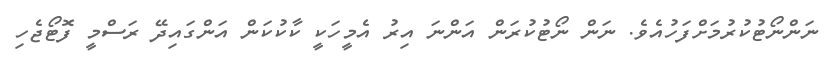
ނަންނޯޓުކުރުމަށްފަހުއެވެ. ނަން ނޯޓުކުރަން އަންނަ އިރު އެމީހަކީ ކާކުކަން އަންގައިދޭ ރަސްމީ ފޮޓޯޖެހި